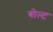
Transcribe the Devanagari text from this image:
बोल्‍ट